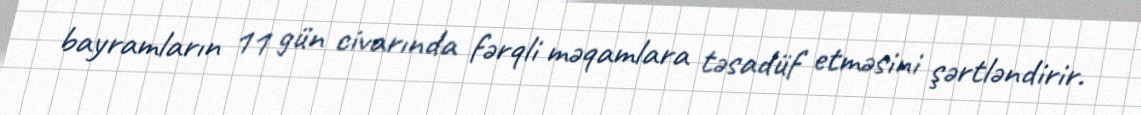
bayramların 11 gün civarında fərqli məqamlara təsadüf etməsini şərtləndirir.